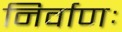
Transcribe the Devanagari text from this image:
निर्वाणः